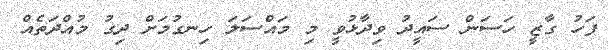
ފަހު ގާޒީ ހަސަން ސައީދު ވިދާޅުވީ މި މައްސަލަ ހިނގުމަށް ދިގު މުއްދަތެއް